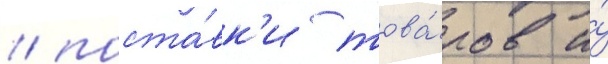
/ поста́вк'и това́ров и́